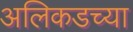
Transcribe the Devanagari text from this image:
अलिकडच्‍या